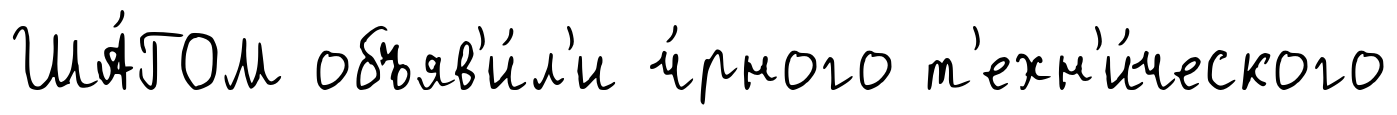
ША́ГОМ объяв'и́л'и ч́рного т'ехн'и́ческого